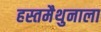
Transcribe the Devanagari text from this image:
हस्तमैथुनाला